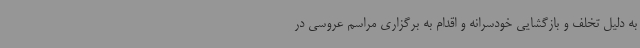
به دلیل تخلف و بازگشایی خودسرانه و اقدام به برگزاری مراسم عروسی در